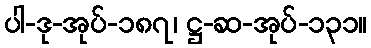
ပါ-ဒု-အုပ်-၁၈၇၊ ဋ္ဌ-ဆ-အုပ်-၁၃၁။